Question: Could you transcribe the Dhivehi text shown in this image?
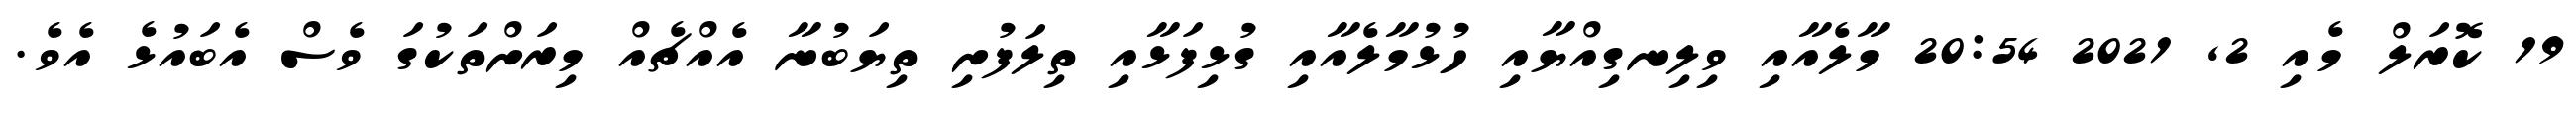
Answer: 19 ކޮރަލް މެއި 2, 2021 20:54 މާލެއާއި ވިލިނގިއްޔާއި ހުޅުމާލެއާއި ގުޅިފަޅާއި ތިލަފުށި ތިޔަބުނާ އެއްޗެއް މިރަށްތަކުގަ ވެސް އެބައުޅެ އެވެ.